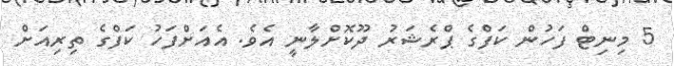
5 މިނިޓް ފަހުން ކަފްގެ ޕްރެޝަރު ދޫކޮށްލާނީ އެވެ. އެއަށްފަހު ކަފްގެ ތިރިއަށް